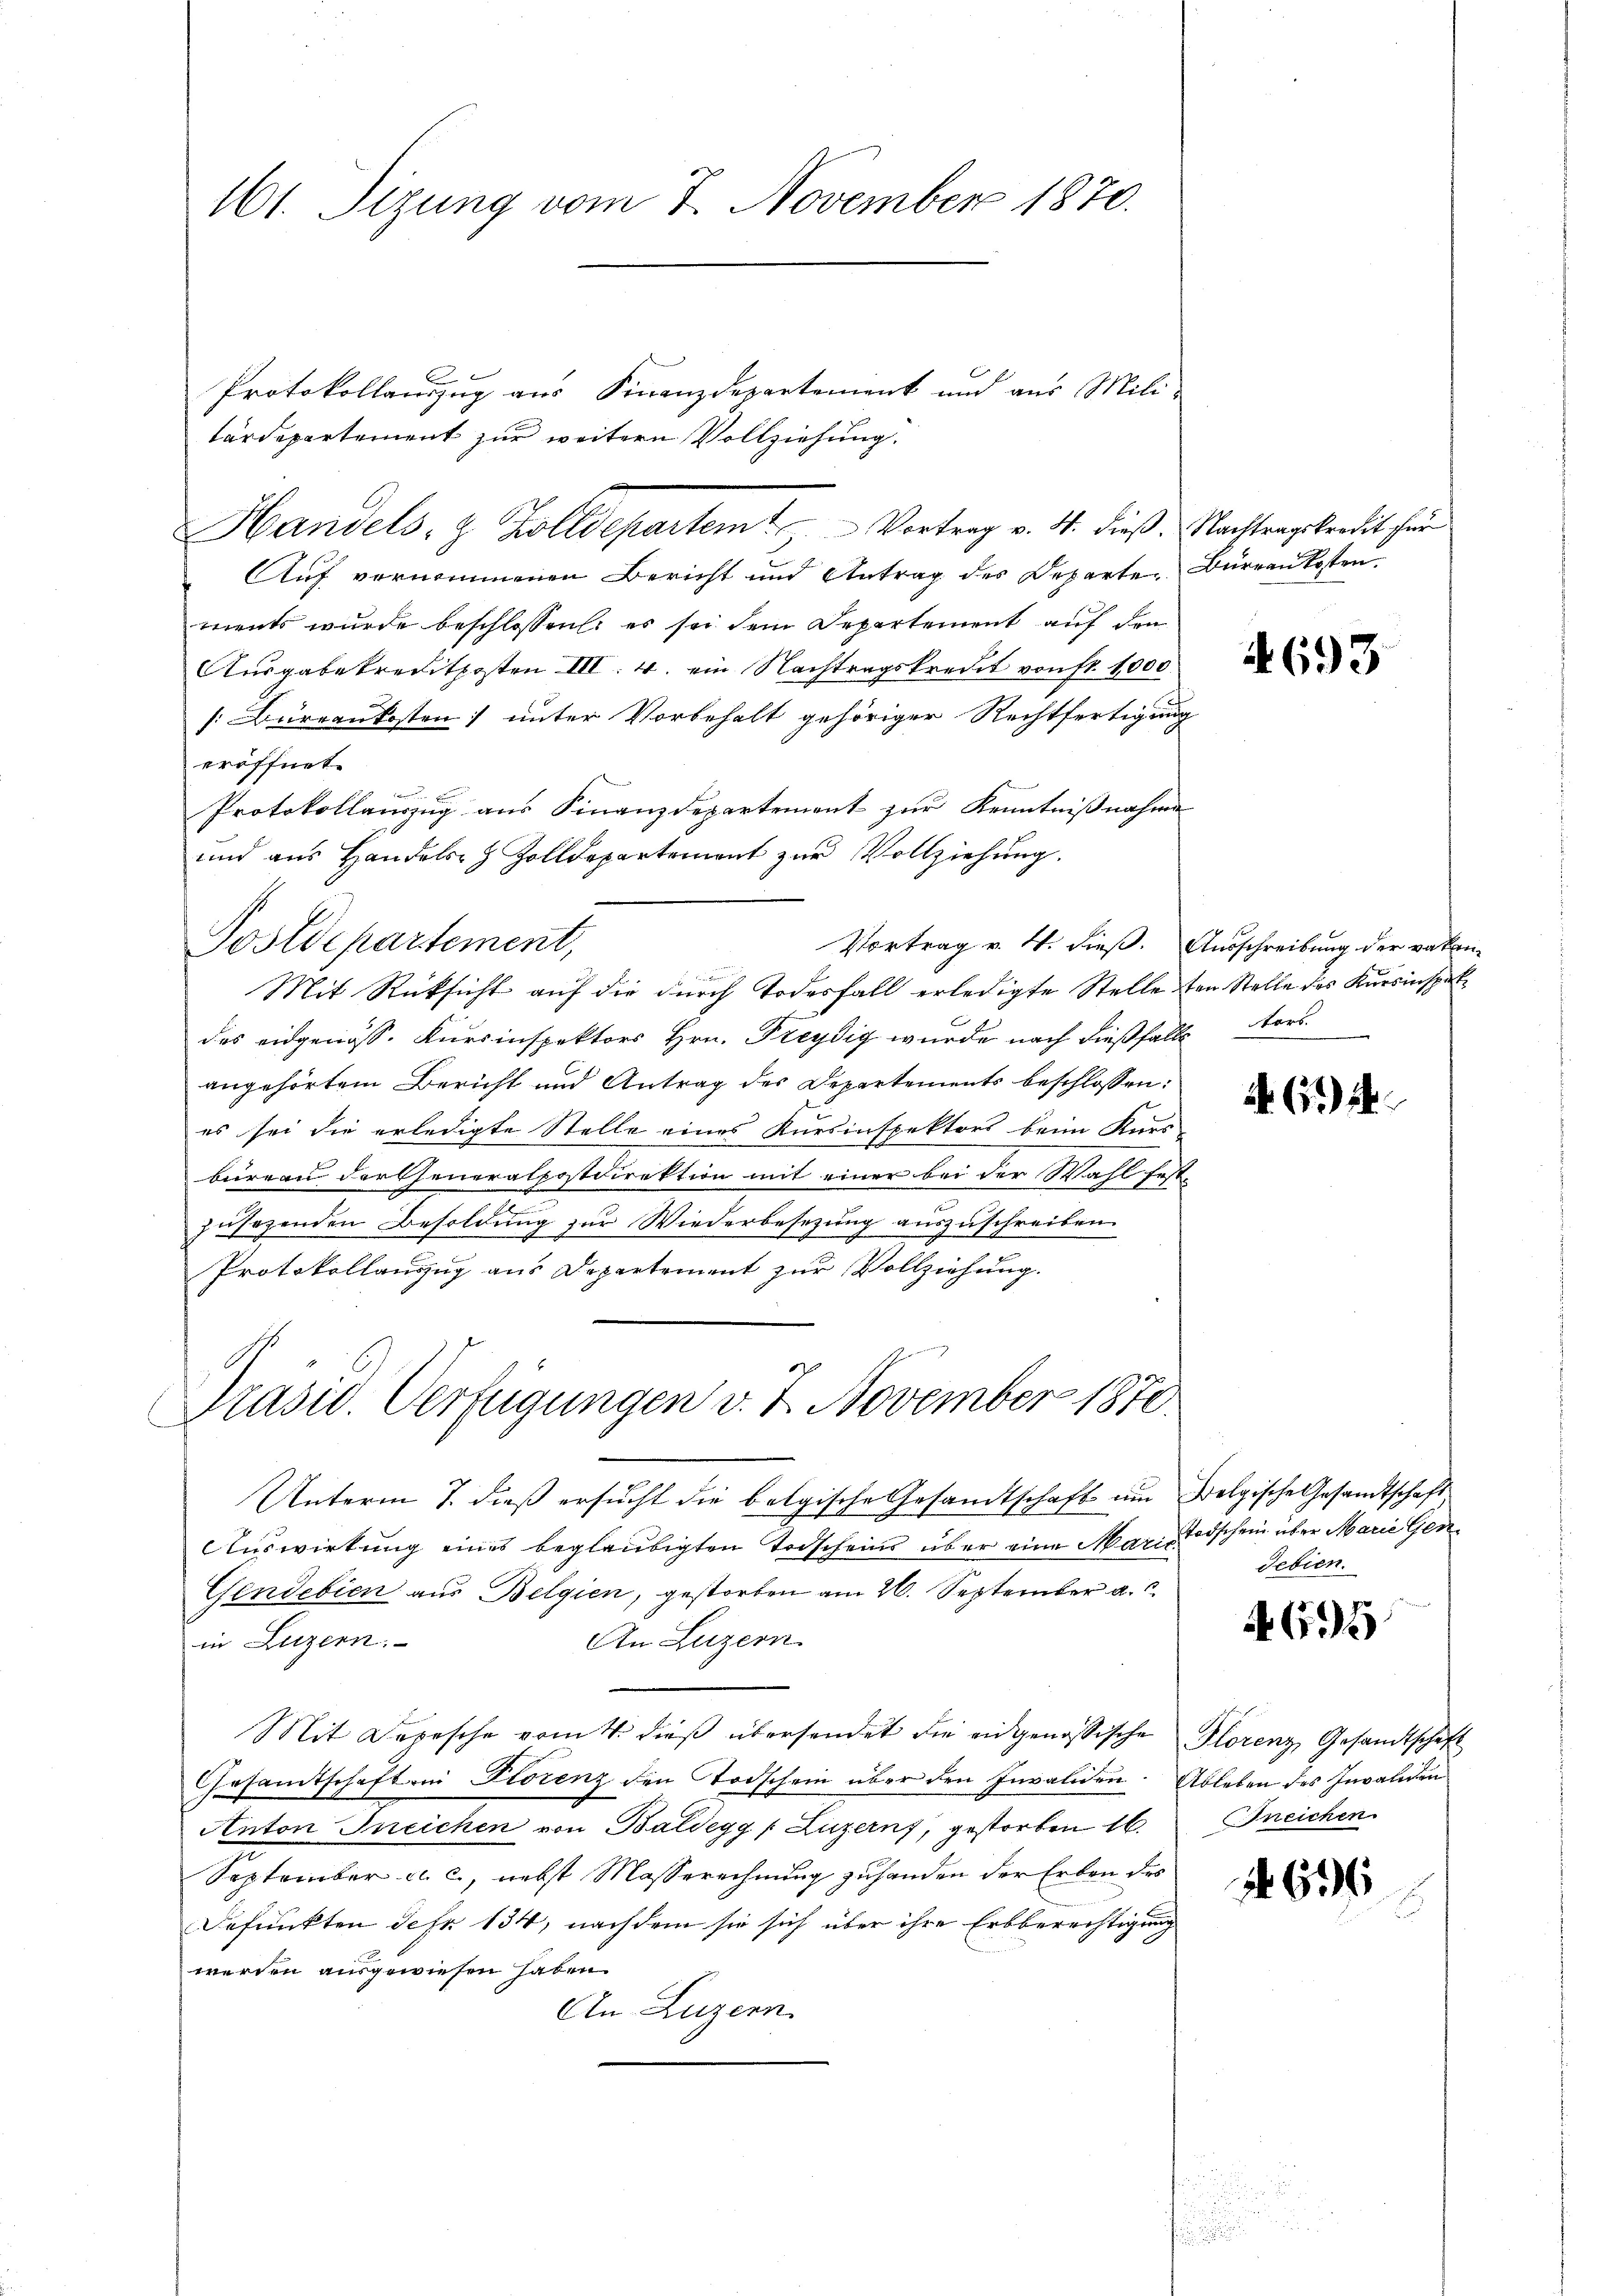
161. Sizung vom 7. November 1870.

Protokollauszug aus Finanzdepartement und aus Militärdepartement zur weitern Vollziehung.
Auf vernommenen Bericht und Antrag des Departen Burren Kosten
ments wurde beschlossen: es sei dem Departement auf den
Ausgabekreditkosten III. 4. ein Nachtragskredit von fr. 1000.
[Bureaukosten) unter Vorbehalt gehöriger Rechtfertigung
eröffnet.
Protokollauszug aus Finanzdepartement zur Kenntnißnahme
und aus Handels- & Zolldepartement zur Vollziehung.
Postdepartement,
Vortrag v. 4. dieß. Ausschreibung der raten
Mit Rücksicht auf die durch Todesfall erledigte Stelle von Stelle des Karsinspekdas eidgenöss. Kursinspektors Hrn. Preydig wurde nach dießfalls ers
angehörtem Bericht und Antrag des Departements beschlossen:
es sei die erledigte Stelle eines Kursinspektors beim Kurs-
büreau der Generalpostdirektion mit einer bei der Wahl festzusagenden Besoldung zur Wiederbesezung auszuschreiben.
Protokollauszug aus Departement zur Vollziehung.
Präsid. Verfügungen v. 7. November 1870.
Unterm 7. dieß ersucht die belgische Gesandtschaft um Folgische Gesamtschaft
Auswirkung eines beglaubigten Todscheins über eine Marie Todschein über Marie Gen¬
Gindebien aus Belgien, gestorben am 26. September a.
An Luzern
in Luzern.
Mit Depesche vom 4. dieß übersendet die eidgenössische Florenz Gesandtschaft
Gesamtschaften Florenz den Todschein über den Invaliden. Ableben des Invaliden
Anton Ineichen von Baldegg (Luzern, gestorben 16.
September a. c., nebst Masserechnung zuhanden der Erben des
Befunkten Jahr 134, nachdem sie sich über ihre Erbberechtigung
werden ausgewiesen haben.
An Luzern.

Handels- & Zolldepartem Vortrag v. 4. dieß. Nachtragsterdit für

4693

614

Febien.

AG.5

neichen.

1 696